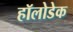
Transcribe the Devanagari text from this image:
हॉलोडेक